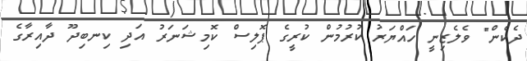
ދެކެން" ވެލެޒިނީ ހައްޔަރު ކުރުމުން ކުރީގެ ޕޮލިސް ކޮމިޝަނަރު އަދި ކިނބިދޫ ދާއިރާގެ